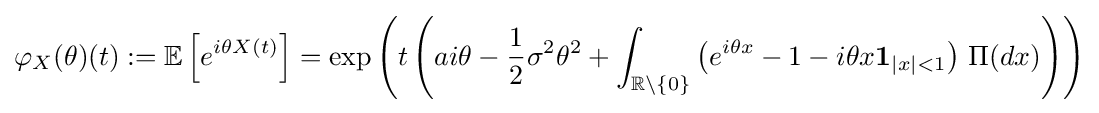
\varphi _{X}(\theta )(t):=\mathbb {E} \left[e^{i\theta X(t)}\right]=\exp {\left(t\left(ai\theta -{\frac {1}{2}}\sigma ^{2}\theta ^{2}+\int _{\mathbb {R} \setminus \{0\}}{\left(e^{i\theta x}-1-i\theta x\mathbf {1} _{|x|<1}\right)\,\Pi (dx)}\right)\right)}